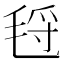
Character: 𰚛